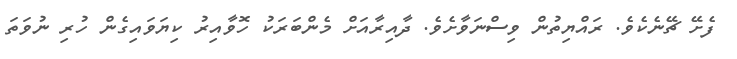
ފެށޭ ޗޭނެކެވެ. ރައްޔިތުން ވިސްނަވާށެވެ. ދާއިރާއަށް މެންބަރަކު ހޮވާއިރު ކިޔަވައިގެން ހުރި ނުވަތަ